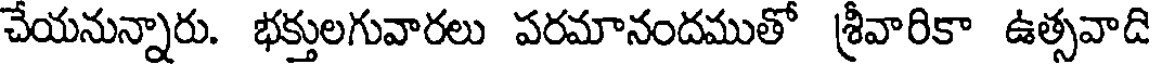
చేయనున్నారు. భక్తులగువారలు పరమానందముతో శ్రీవారికా ఉత్సవాది